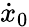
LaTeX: \dot{x}_{0}